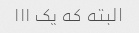
البته که یک ۱۱۱